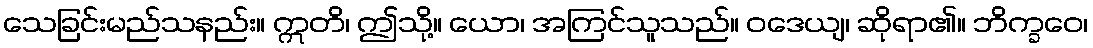
သေခြင်းမည်သနည်း။ ဣတိ၊ ဤသို့။ ယော၊ အကြင်သူသည်။ ဝဒေယျ၊ ဆိုရာ၏။ ဘိက္ခဝေ၊